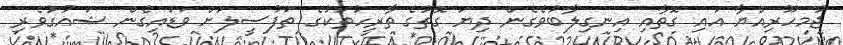
ޖުމހޫރިއްޔާ އައި ގޮތާއި އިނގިލާބުވެގެން ދިޔަ ގޮތުގެ ތާރީހުތަކުގެ ތަފުސީލަށް ވަޑައިގެން ޝައުގުވެރި